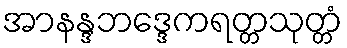
အာနန္ဒဘဒ္ဒေကရတ္တသုတ္တံ